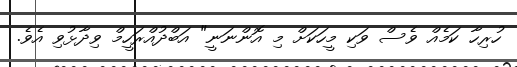
ހުރިހާ ކަމެއް ވެސް ވަކި މީހަކަށް މި އޮންނަނީ" އަބްދުއްރަހީމް ވިދާޅުވި އެވެ.